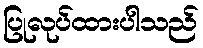
ပြုလုပ်ထားပါသည်